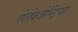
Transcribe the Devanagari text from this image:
ऐलेक्जेन्ड्रिया